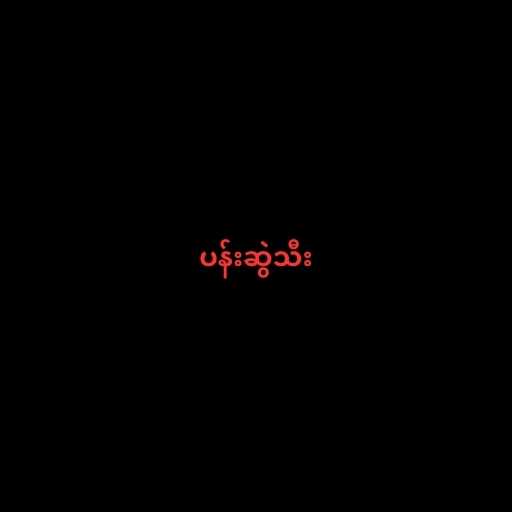
ပန်းဆွဲသီး